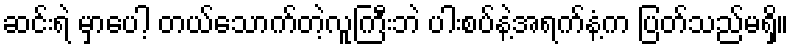
ဆင်းရဲ မှာပေါ့ တယ်သောက်တဲ့လူကြီးဘဲ ပါးစပ်နဲ့အရက်နံ့က ပြတ်သည်မရှိ။